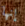
إنها